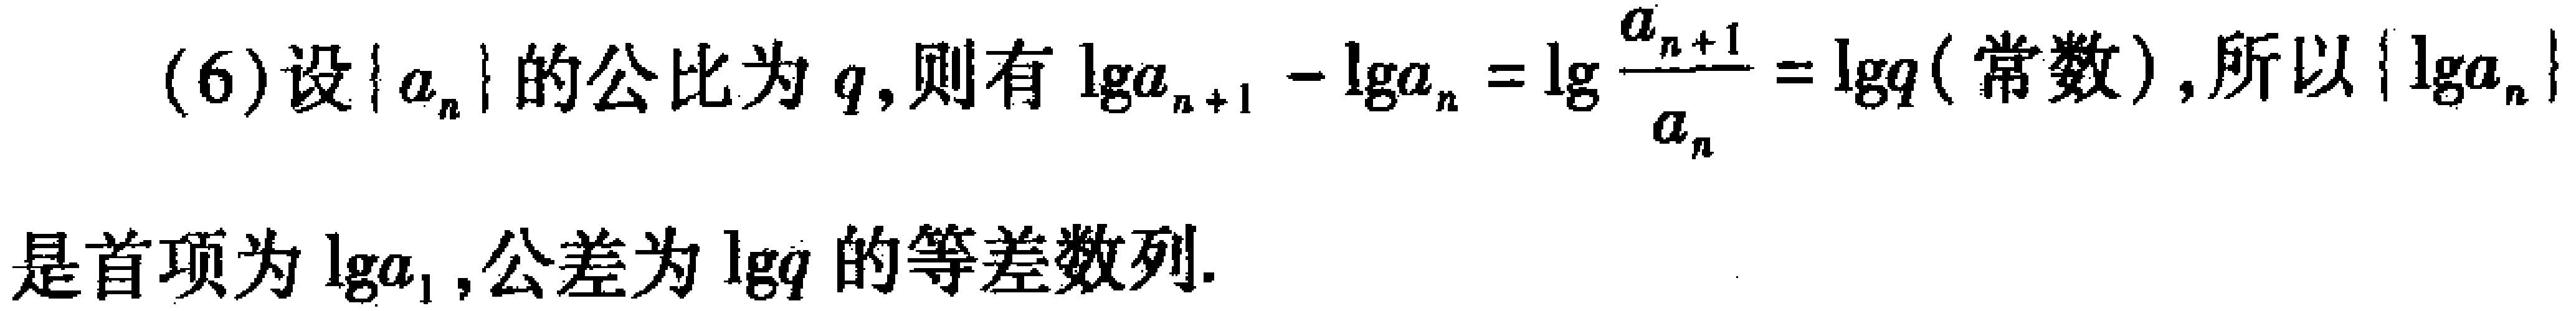
(6)设\(\{ a_{n}\}\)的公比为\(q\)，则有\(\lg a_{n + 1} - \lg a_{n} = \lg\frac{a_{n + 1}}{a_{n}} = \lg q\)（常数），所以\(\{ \lg a_{n}\}\)是首项为\(\lg a_{1}\)，公差为\(\lg q\)的等差数列.